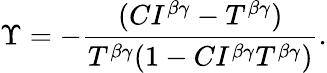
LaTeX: \Upsilon=-\frac{(CI^{\beta\gamma}-T^{\beta\gamma})}{T^{\beta\gamma}(1-CI^{\beta\gamma}T^{\beta\gamma})}.